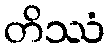
တိဿံ